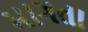
માગતા